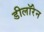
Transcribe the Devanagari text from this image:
डीलॉरेन